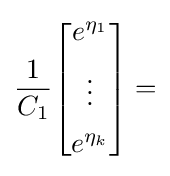
{\frac {1}{C_{1}}}{\begin{bmatrix}e^{\eta _{1}}\\[5pt]\vdots \\[5pt]e^{\eta _{k}}\end{bmatrix}}=